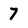
Character: 7